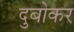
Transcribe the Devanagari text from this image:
दुबोकर